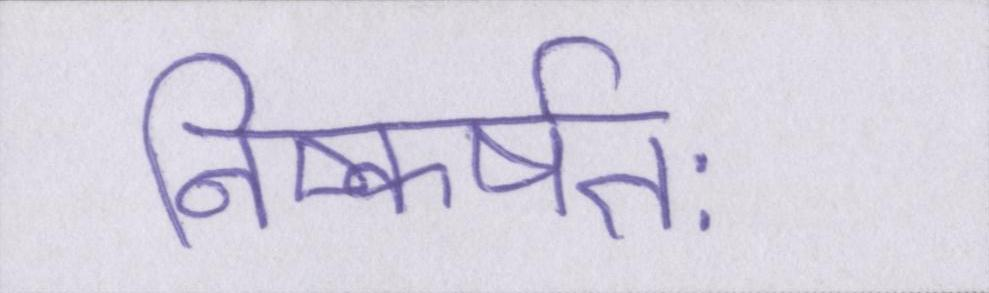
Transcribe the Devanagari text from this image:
निष्कर्षतः